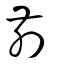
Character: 歬